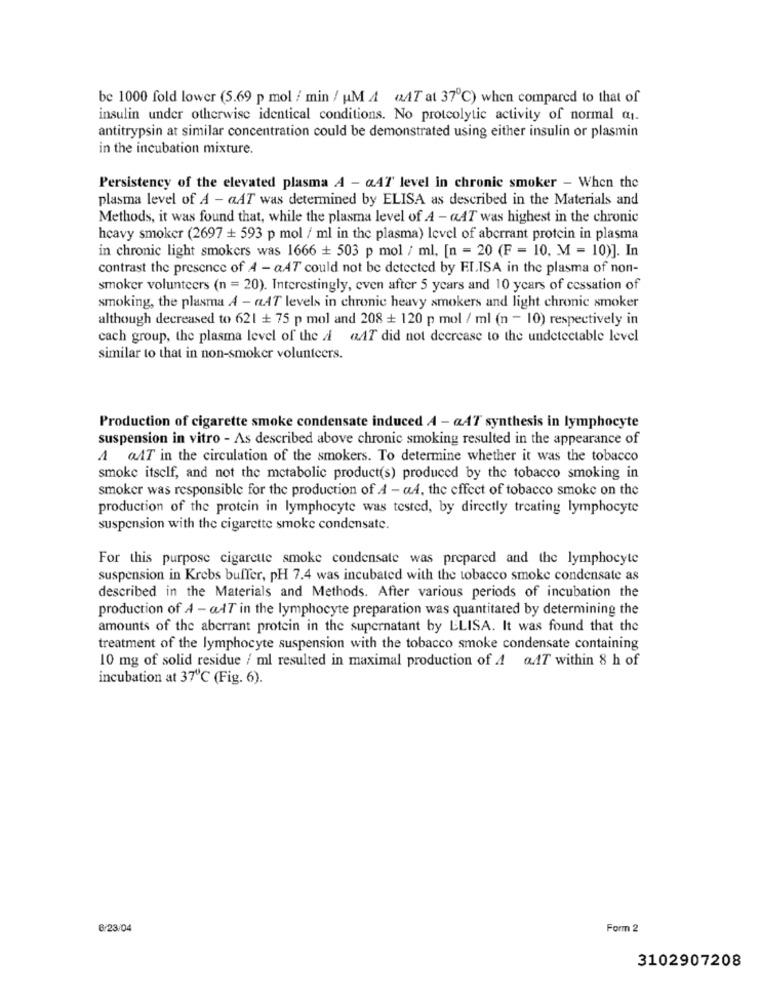
be 1000 fold lower (5.69 p mol / min / uM A «AT at 37℃) when compared to that of
insulin under otherwise identical conditions. No proteolytic activity of normal az1.
antitrypsin at similar concentration could be demonstrated using either insulin or plasmin
in the incubation mixture.
Persistency of the elevated plasma A - aAT level in chronic smoker - When the
plasma level of A - qAT was determined by ELISA as described in the Materials and
Methods, it was found that, while the plasma level of A -aAT was highest in the chronic
heavy smoker (2697 + 593 p mol / ml in the plasma) level of aberrant protein in plasma
in chronic light smokers was 1666 + 503 p mol / ml, [n = 20 (F = 10, M = 10)]. In
contrast the presence of A - aAT could not be detected by ELISA in the plasma of non-
smoker volunteers (n = 20). Interestingly, even after 5 years and 10 years of cessation of
smoking, the plasma A - aAT levels in chronic heavy smokers and light chronic smoker
although decreased to 621 + 75 p mol and 208 + 120 p mol / ml (n - 10) respectively in
cach group, the plasma level of the A «AT did not decrease to the undetectable level
similar to that in non-smoker volunteers.
Production of cigarette smoke condensate induced A - aAT synthesis in lymphocyte
suspension in vitro - As described above chronic smoking resulted in the appearance of
A aAT in the circulation of the smokers. To determine whether it was the tobacco
smoke itself, and not the metabolic product(s) produced by the tobacco smoking in
smoker was responsible for the production of A - ad, the effect of tobacco smoke on the
production of the protein in lymphocyte was tested, by directly treating lymphocyte
suspension with the cigarette smoke condensate.
For this purpose cigarette smoke condensate was prepared and the lymphocyte
suspension in Krebs buffer, pH 7.4 was incubated with the tobacco smoke condensate as
described in the Materials and Methods. After various periods of incubation the
production of A - aIT in the lymphocyte preparation was quantitated by determining the
amounts of the aberrant protein in the supernatant by ELISA. It was found that the
treatment of the lymphocyte suspension with the tobacco smoke condensate containing
10 mg of solid residue / ml resulted in maximal production of 4 aIT within 8 h of
incubation at 37℃ (Fig. 6).
6/23/04
Form 2
3102907208